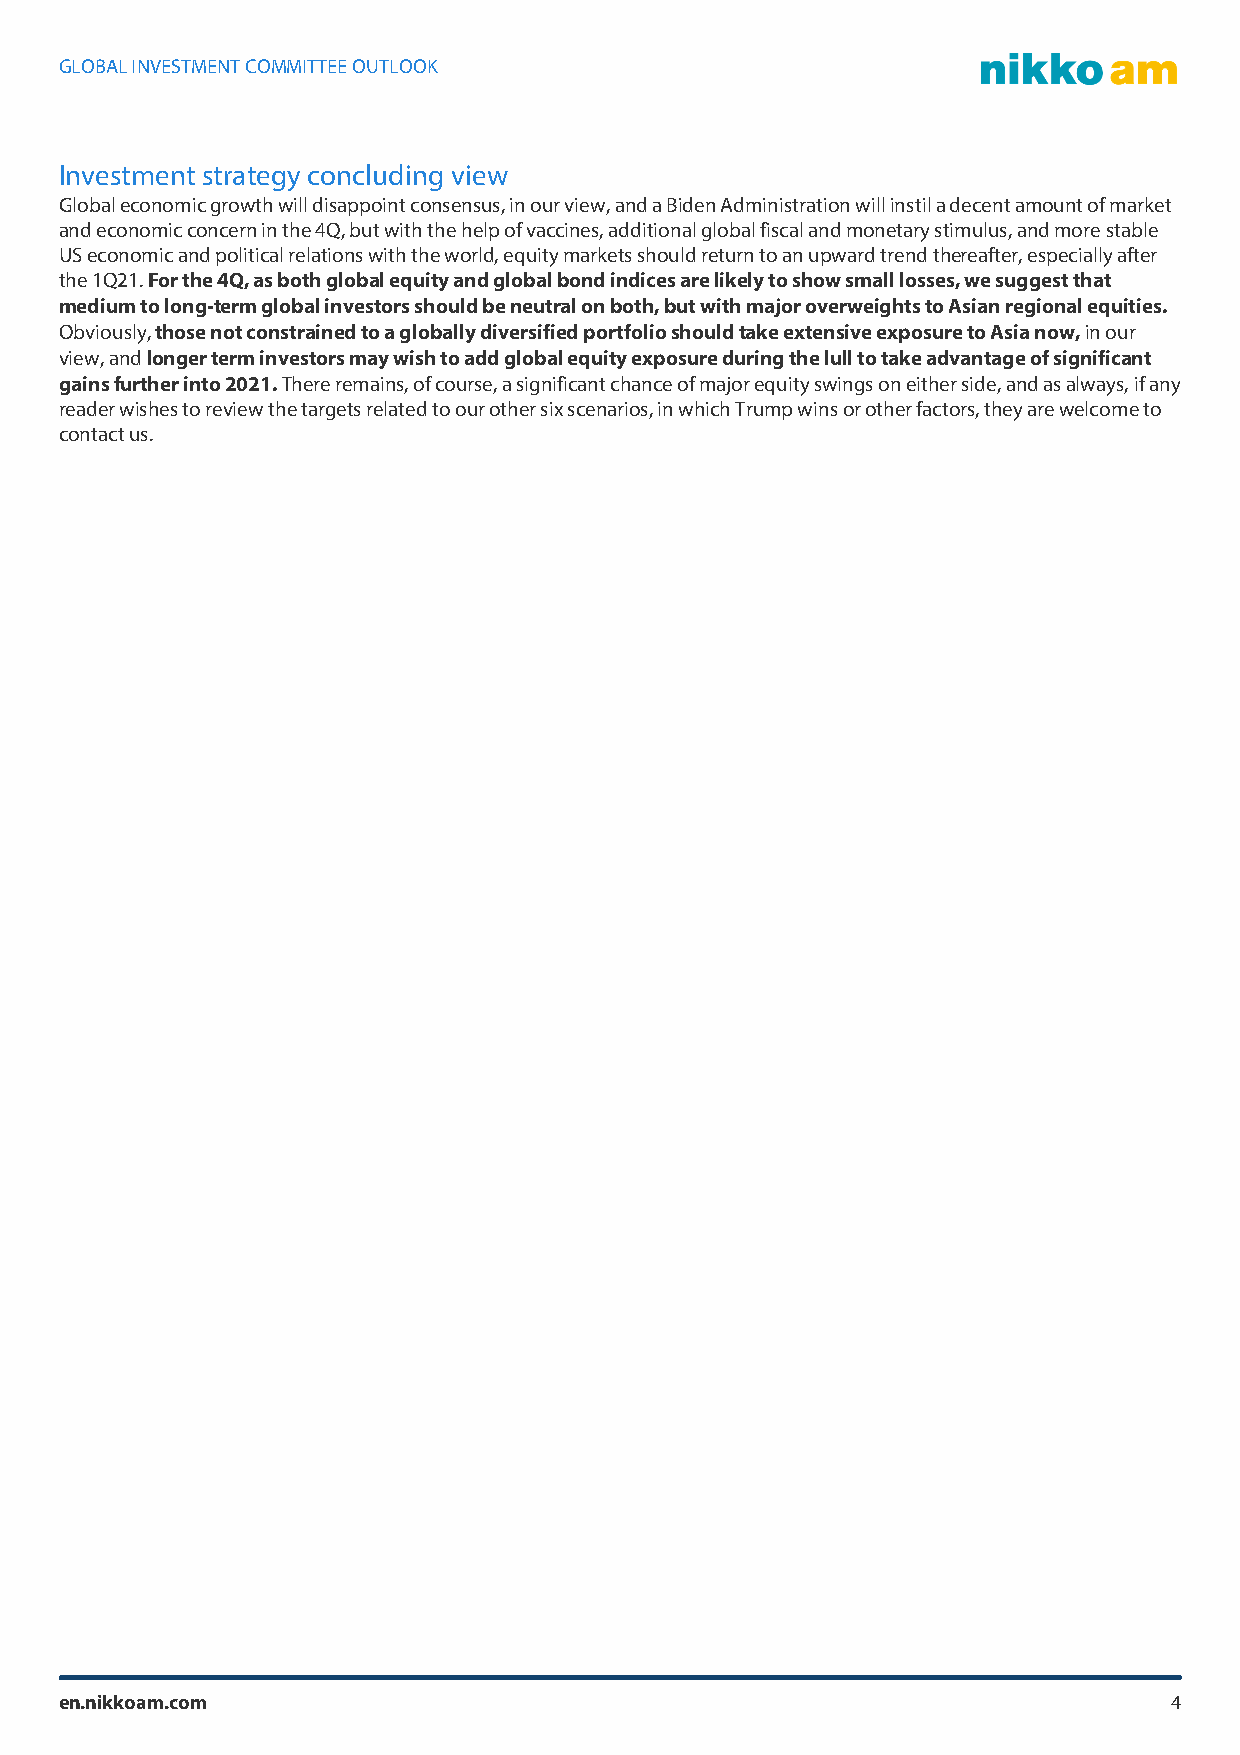
GLOBAL INVESTMENT COMMITTEE OUTLOOK
 Investment strategy concluding view
 Global economic growth will disappoint consensus, in our view, and a Biden Administration will instil a decent amount of market
 and economic concern in the 4Q, but with the help of vaccines, additional global fiscal and monetary stimulus, and more stable
 US economic and political relations with the world, equity markets should return to an upward trend thereafter, especially after
 the 1Q21. For the 4Q, as both global equity and global bond indices are likely to show small losses, we suggest that
 medium to long-term global investors should be neutral on both, but with major overweights to Asian regional equities.
 Obviously, those not constrained to a globally diversified portfolio should take extensive exposure to Asia now, in our
 view, and longer term investors may wish to add global equity exposure during the lull to take advantage of significant
 gains further into 2021. There remains, of course, a significant chance of major equity swings on either side, and as always, if any
 reader wishes to review the targets related to our other six scenarios, in which Trump wins or other factors, they are welcome to
 contact us.
 en.nikkoam.com                                                           4